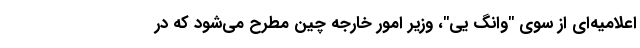
اعلامیه‌ای از سوی "وانگ یی"، وزیر امور خارجه چین مطرح می‌شود که در